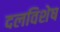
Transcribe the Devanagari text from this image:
दलविशेष